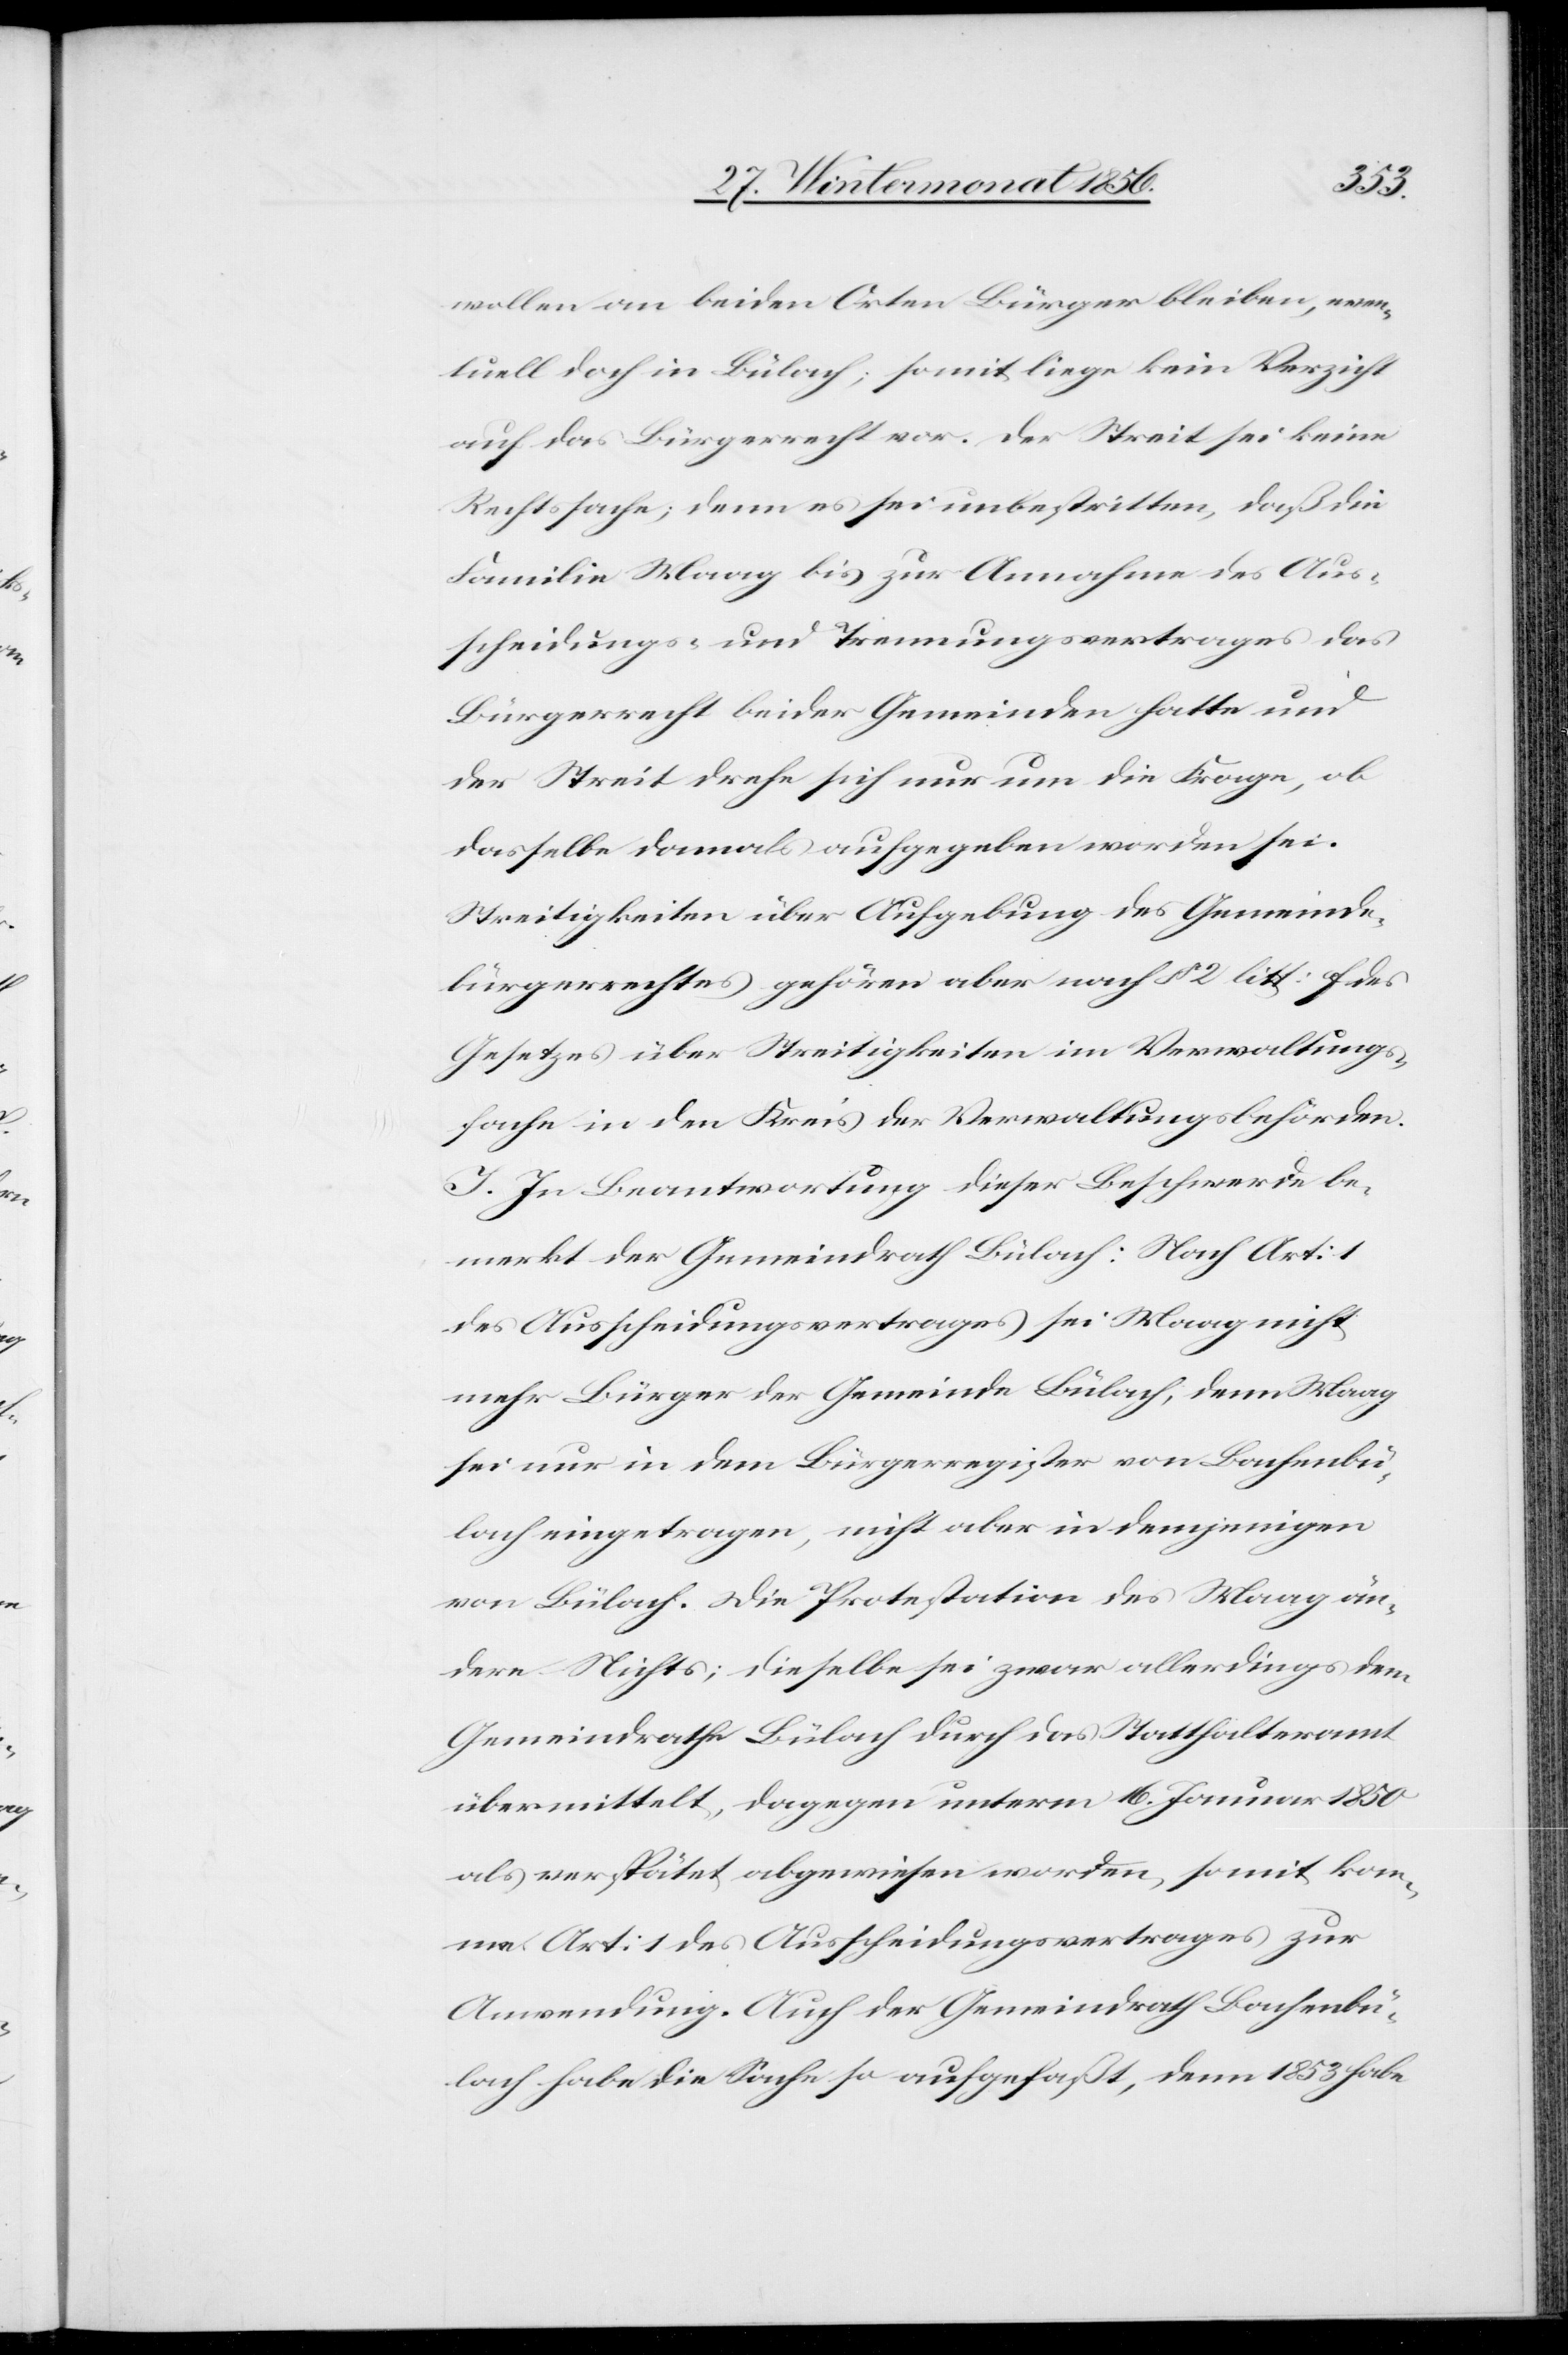
wollen an beiden Orten Bürger bleiben, even¬
tuell doch in Bülach; somit liege kein Verzicht
auf das Bürgerrecht vor. Der Streit sei keine
Rechtssache; denn es sei unbestritten, daß die
Familie Maag bis zur Annahme des Aus¬
scheidungs- und Trennungsvertrages das
Bürgerrecht beider Gemeinden hatte und
der Streit drehe sich nur um die Frage, ob
dasselbe damals aufgegeben worden sei.
Streitigkeiten über Aufgebung des Gemeinde¬
bürgerrechtes gehören aber nach § 2 litt: f des
Gesetzes über Streitigkeiten im Verwaltungs¬
fache in den Kreis der Verwaltungsbehörden.
I. In Beantwortung dieser Beschwerde be¬
merkt der Gemeindrath Bülach: Nach Art: 1
des Ausscheidungsvertrages sei Maag nicht
mehr Bürger der Gemeinde Bülach, denn Maag
sei nur in dem Bürgerregister von Bachenbü¬
lach eingetragen, nicht aber in demjenigen
von Bülach. Die Protestation des Maag än¬
dere Nichts; dieselbe sei zwar allerdings dem
Gemeindrathe Bülach durch das Statthalteramt
übermittelt, dagegen unterm 16. Januar 1850
als verspätet abgewiesen worden, somit ko¬
mme Art: 1 des Ausscheidungsvertrages zur
Anwendung. Auch der Gemeindrath Bachenbü¬
lach habe die Sache so aufgefaßt, denn 1853 habe